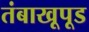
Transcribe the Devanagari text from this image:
तंबाखूपूड